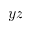
y z